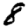
Digit: 8